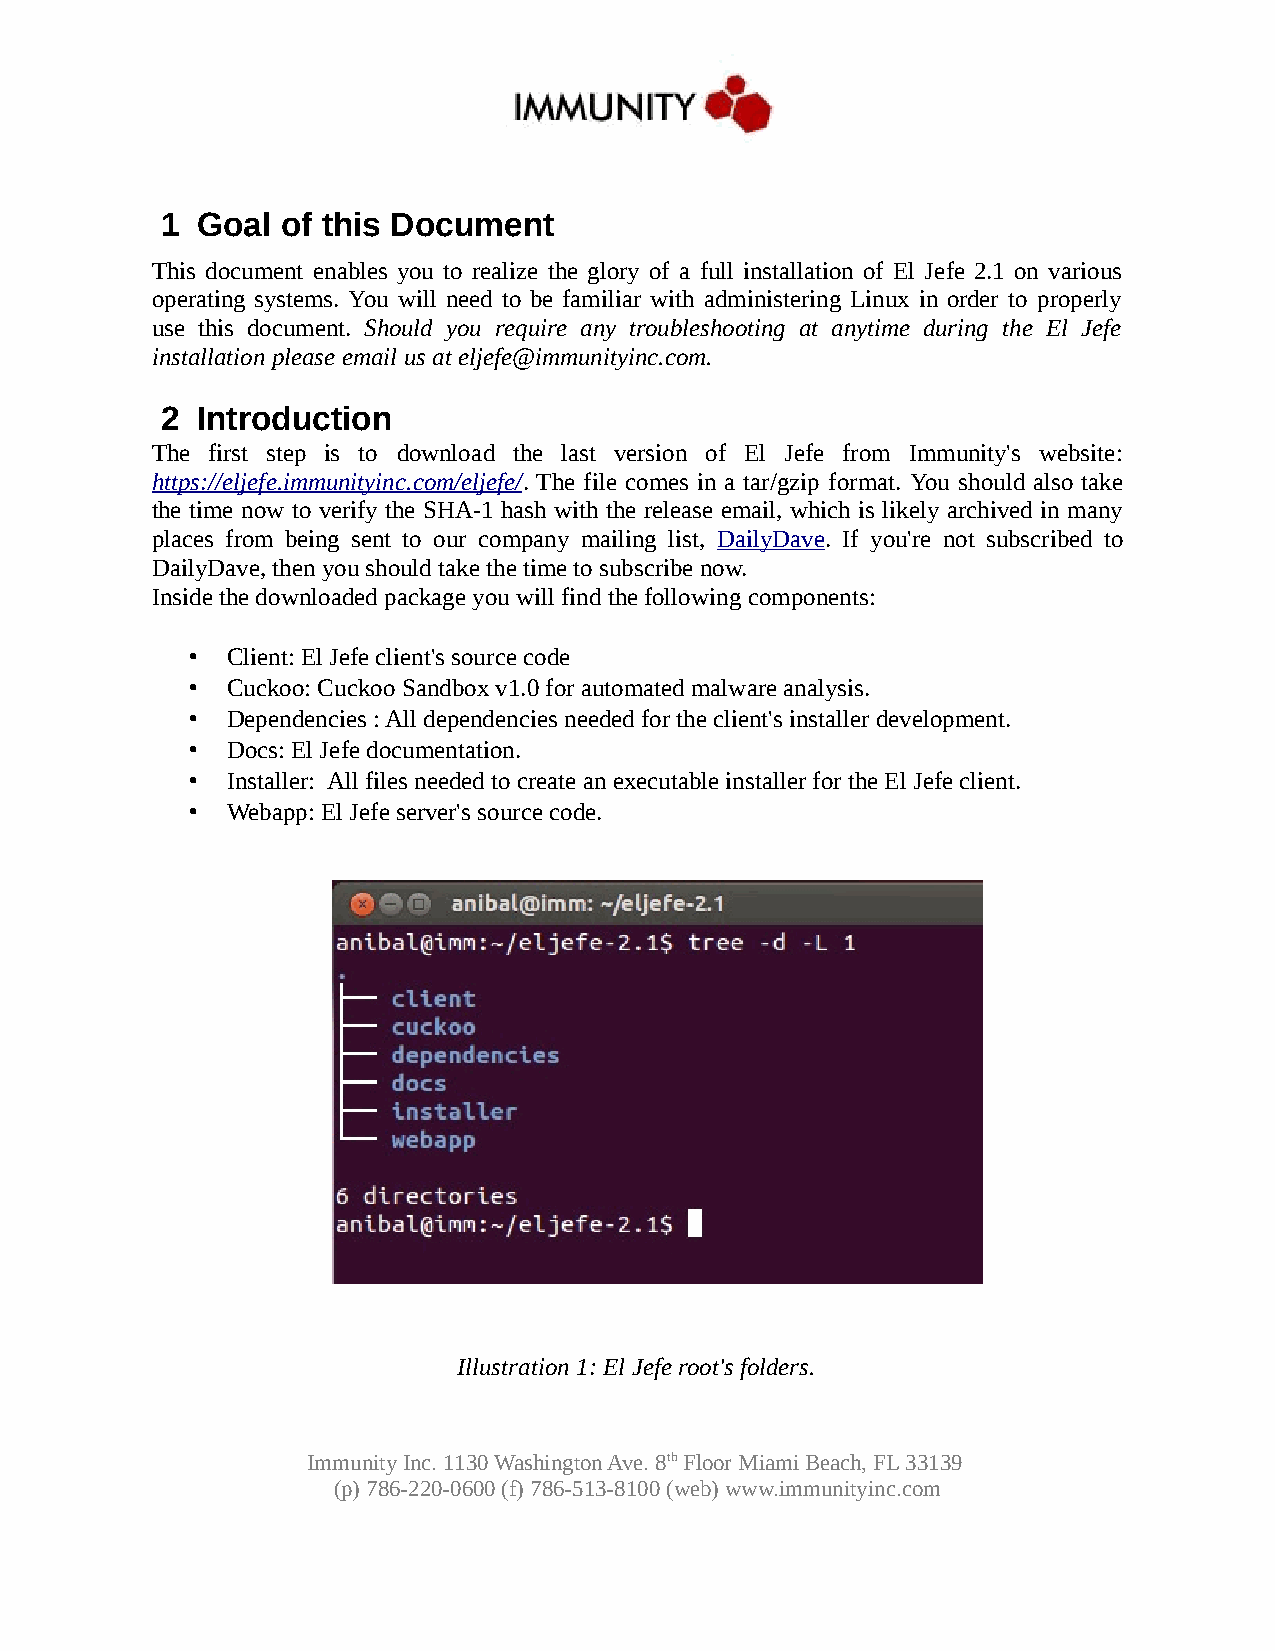
1 Goal  of this Document
 This document enables you to realize the glory of a full installation of El Jefe 2.1 on various
 operating systems. You will need to be familiar with administering Linux in order to properly
 use this document. Should you require any troubleshooting at anytime during the El Jefe
 installation please email us at eljefe@immunityinc.com.
 2 Introduction
 The first step is to download the last version of El Jefe from Immunity's website:
 https://eljefe.immunityinc.com/eljefe/. The file comes in a tar/gzip format. You should also take
 the time now to verify the SHA-1 hash with the release email, which is likely archived in many
 places from being sent to our company mailing list, DailyDave. If you're not subscribed to
 DailyDave, then you should take the time to subscribe now.
 Inside the downloaded package you will find the following components:
 • Client: El Jefe client's source code
 • Cuckoo: Cuckoo Sandbox v1.0 for automated malware analysis.
 • Dependencies : All dependencies needed for the client's installer development.
 • Docs: El Jefe documentation.
 • Installer: All files needed to create an executable installer for the El Jefe client.
 • Webapp: El Jefe server's source code.
 Illustration 1: El Jefe root's folders.
 Immunity Inc. 1130 Washington Ave. 8th Floor Miami Beach, FL 33139
 (p) 786-220-0600 (f) 786-513-8100 (web) www.immunityinc.com